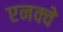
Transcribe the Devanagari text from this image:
एनक्वे